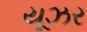
યૂઝર